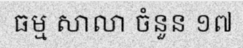
ធម្ម សាលា ចំនួន ១៧